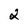
Character: 2